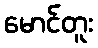
မောင်တူး